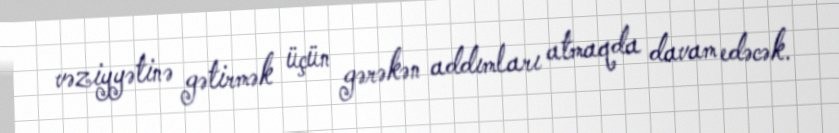
vəziyyətinə gətirmək üçün gərəkən addımları atmaqda davam edəcək.